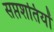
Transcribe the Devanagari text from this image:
सप्तशतियों